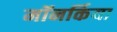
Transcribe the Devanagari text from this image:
मॉनर्किया